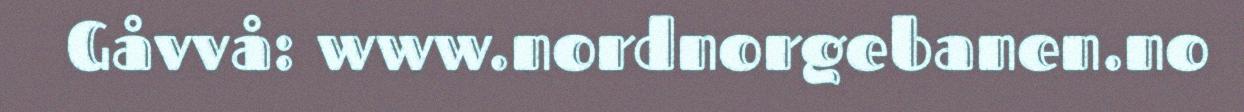
Gåvvå: www.nordnorgebanen.no